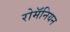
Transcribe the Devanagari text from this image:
रोमॅनियन